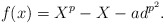
\begin{align*} f(x)=X^p-X-ad^{p^2}.\end{align*}